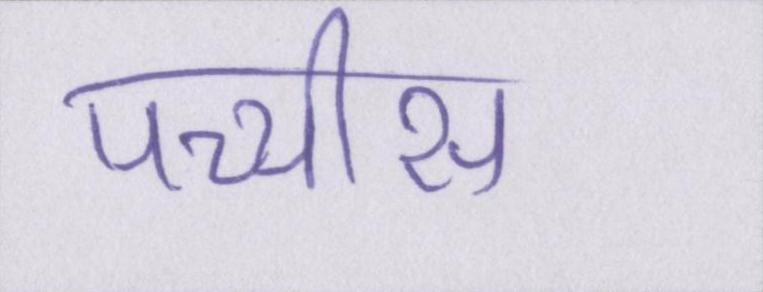
पच्चीस